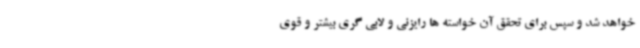
خواهد شد و سپس برای تحقق آن خواسته ها رایزنی و لابی گری بیشتر و قوی